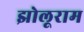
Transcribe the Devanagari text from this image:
झोलूराम